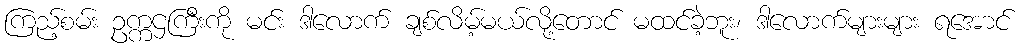
ကြည့်စမ်း ဥက္ကဌကြီးကို မင်း ဒါလောက် ချစ်လိမ့်မယ်လို့တောင် မထင်ခဲ့ဘူး၊ ဒါလောက်များများ ရအောင်